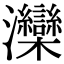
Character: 灤